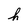
Character: h